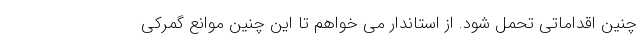
چنین اقداماتی تحمل شود. از استاندار می خواهم تا این چنین موانع گمرکی